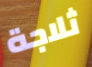
ثلاجة